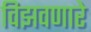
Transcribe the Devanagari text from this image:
विझवणारे